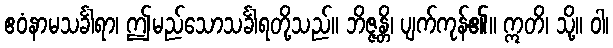
ဧဝံနာမသင်္ခါရာ၊ ဤမည်သောသင်္ခါရတို့သည်။ ဘိဇ္ဇန္တိ၊ ပျက်ကုန်၏။ ဣတိ၊ သို့။ ဝါ၊